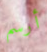
أرسم